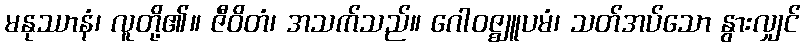
မနုဿာနံ၊ လူတို့၏။ ဇီဝိတံ၊ အသက်သည်။ ဂေါဝဇ္ဈူပမံ၊ သတ်အပ်သော နွားလျှင်